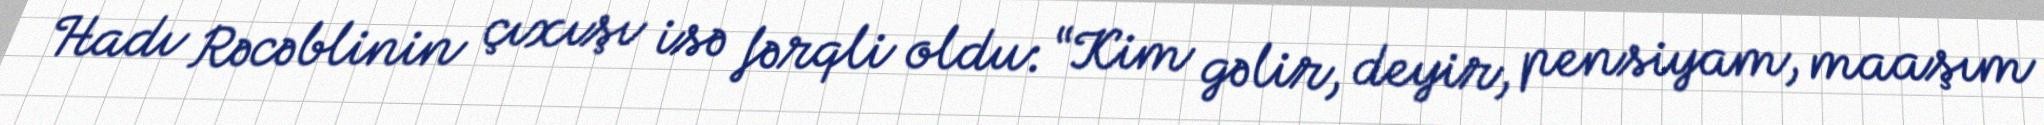
Hadı Rəcəblinin çıxışı isə fərqli oldu: “Kim gəlir, deyir, pensiyam, maaşım